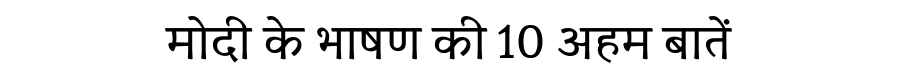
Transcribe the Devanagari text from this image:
मोदी के भाषण की 10 अहम बातें